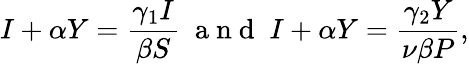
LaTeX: I+\alpha Y=\frac{\gamma_{1}I}{\beta S}\; \mathrm{~a~n~d~}\; I+\alpha Y=\frac{\gamma_{2}Y}{\nu\beta P},